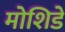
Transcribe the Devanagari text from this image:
मोशिडे